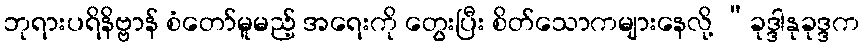
ဘုရားပရိနိဗ္ဗာန် စံတော်မူမည့် အရေးကို တွေးပြီး စိတ်သောကများနေလို့ “ခုဒ္ဒါနုခုဒ္ဒက